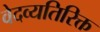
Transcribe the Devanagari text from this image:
वेदव्यतिरिक्त